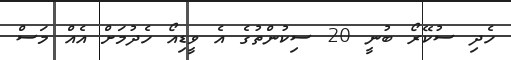
ހެދި ސުކޭރޯ ބުނީ 20 ސިކުންތުގެ އެ ވީޑިއޯ ހެދުމަށް އެއް މަސް